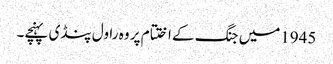
1945میں جنگ کے اختتام پر وہ راول پنڈی پہنچے۔